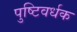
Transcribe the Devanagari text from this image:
पुष्टिवर्धक